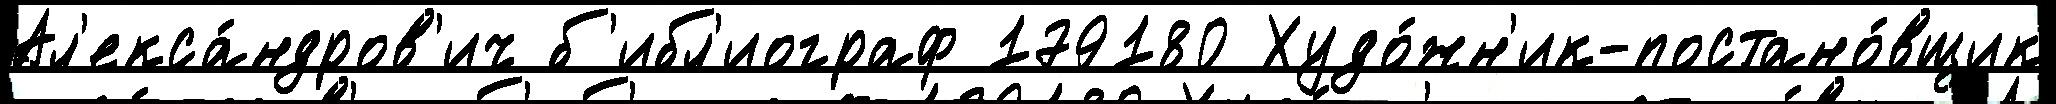
Ал'екса́ндров'ич б'ибл'иограф 179180 Худо́жн'ик-постано́вщик